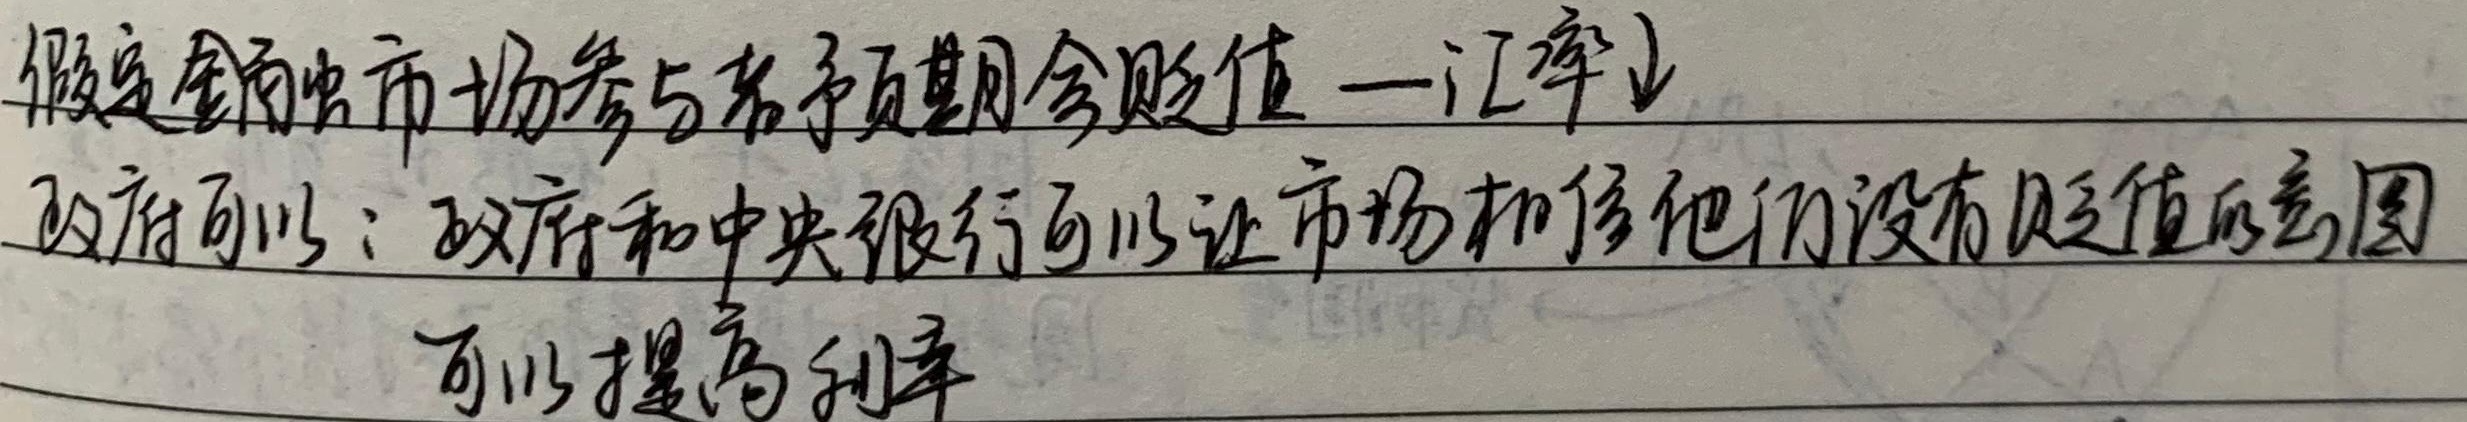
假定金融市场参与者预期会贬值（汇率↓），政府可以：政府和中央银行可以让市场相信他们没有贬值的意图，可以提高利率。